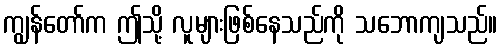
ကျွန်တော်က ဤသို့ လူများဖြစ်နေသည်ကို သဘောကျသည်။